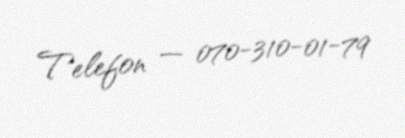
Telefon — 070-310-01-79